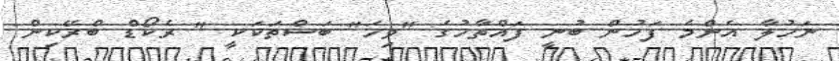
ނަހުލާ އެންމެ ފަހުން ބުނީ ފައްތާހުގެ "ވިހަ" ބަސްތަކަކީ " ރެކޯޑް ބްރޭކިން